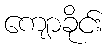
ကျောခိုင်း